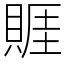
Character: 䝽